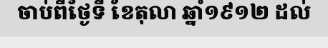
ចាប់ពីថ្ងៃទី ខែតុលា ឆ្នាំ១៩១២ ដល់